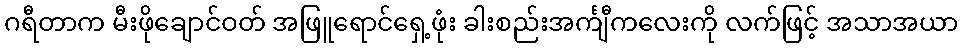
ဂရီတာက မီးဖိုချောင်ဝတ် အဖြူရောင်ရှေ့ဖုံး ခါးစည်းအင်္ကျီကလေးကို လက်ဖြင့် အသာအယာ